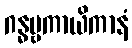
ဂန္ဓဗ္ဗကာယိကာနံ